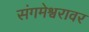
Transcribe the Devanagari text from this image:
संगमेश्वरावर